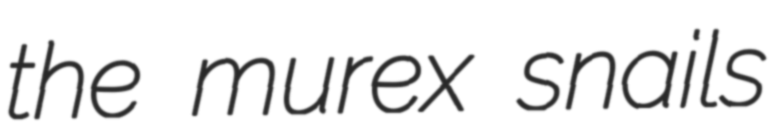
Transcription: the murex snails